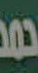
حمد